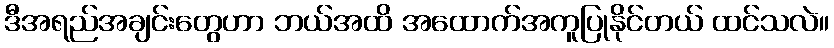
ဒီအရည်အချင်းတွေဟာ ဘယ်အထိ အထောက်အကူပြုနိုင်တယ် ထင်သလဲ။